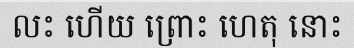
លះ ហើយ ព្រោះ ហេតុ នោះ